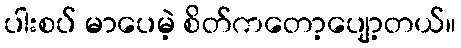
ပါးစပ် မာပေမဲ့ စိတ်ကတော့ပျော့တယ်။